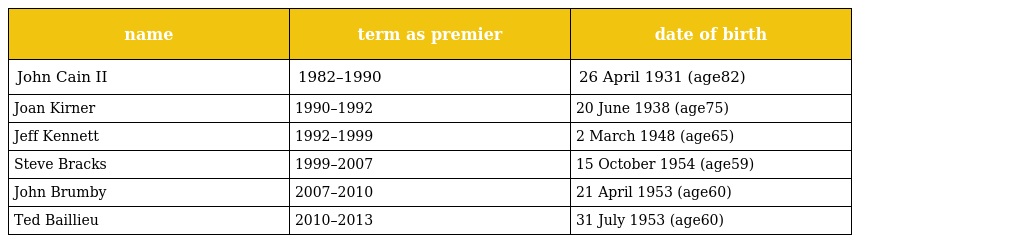
| name | term as premier | date of birth |
 | --- | --- | --- |
 | John Cain II | 1982–1990 | 26 April 1931 (age82) |
 | Joan Kirner | 1990–1992 | 20 June 1938 (age75) |
 | Jeff Kennett | 1992–1999 | 2 March 1948 (age65) |
 | Steve Bracks | 1999–2007 | 15 October 1954 (age59) |
 | John Brumby | 2007–2010 | 21 April 1953 (age60) |
 | Ted Baillieu | 2010–2013 | 31 July 1953 (age60) |